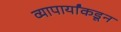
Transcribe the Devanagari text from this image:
व्यापार्यांकडून